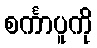
စင်္ကာပူကို